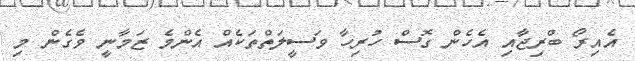
އެއިރޯ ބްރިޖާއި އެހެން ގޮސް ހުރިހާ ވަސީލަތްތަކެއް އެންމެ ޒަމާނީ ވެގެން މި